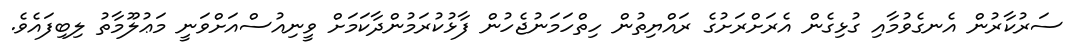
ސަރުކާރުން އެނގެވުމާއި ގުޅިގެން އެރަށްރަށުގެ ރައްޔިތުން ހިތްހަމަނުޖެހުން ފާޅުކުރަމުންދާކަމަށް ވީނިއުސްއަށްވަނީ މަޢުލޫމާތު ލިބިފައެވެ.